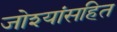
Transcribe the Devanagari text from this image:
जोश्यांसहित